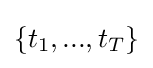
\{t_{1},...,t_{T}\}